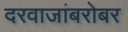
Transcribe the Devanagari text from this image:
दरवाजांबरोबर